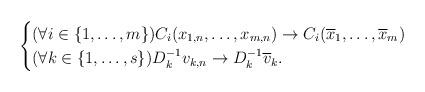
LaTeX: \begin{align*}\begin{cases} (\forall i\in\{1,\ldots,m\})C_i(x_{1,n},\ldots,x_{m,n}) \to C_i(\overline{x}_{1},\ldots,\overline{x}_m)\\ (\forall k\in\{1,\ldots,s\})D_{k}^{-1}v_{k,n} \to D_{k}^{-1}\overline{v}_k.\\\end{cases}\end{align*}